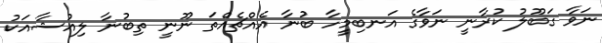
ނަވާ ގަބޫލު ކުރާނީ ނަވާގެ އަނބިމީހާ ބުނާ އެއްޗެއްތަ ނޫނީ ތިބުނާ ލިއުޝާއަކު